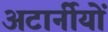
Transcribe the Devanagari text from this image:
अटार्नीयों